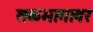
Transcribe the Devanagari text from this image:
तळभागावर